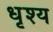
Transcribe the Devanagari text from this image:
धृश्य